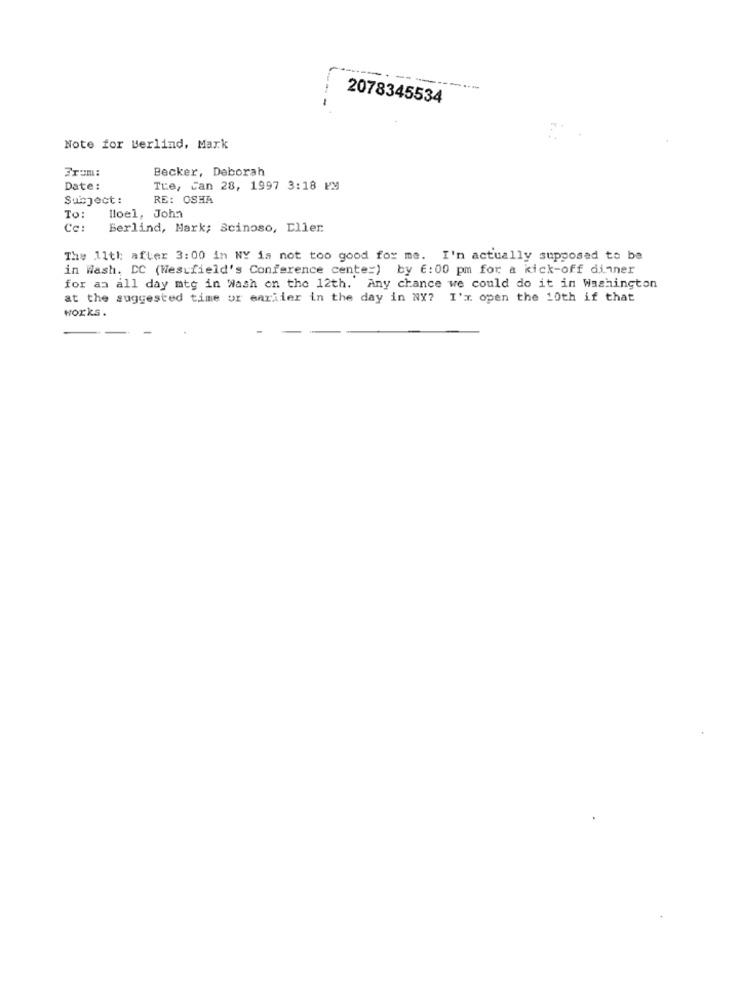
--------
2078345534
Note for Berlind, Mark
From:
Becker, Deborah
Date:
Tre, Can 28, 1997 3:18 PM
Subject:
RE: OSHA
lloel, John
To:
Cc:
Berlind, Mark; Scinoso, Eller
The 11th after 3:00 in NY is not too good for me. I'm actually supposed to be
in Wash. DC (Westfield's Conference cente=) by 6: 00 pm for a kick-off dinner
for an all day mtg in Wash on the 12th. Any chance we could do it in Washington
at the suggested time ur earlier in the day in NX? I'm open the 10th if that
works.